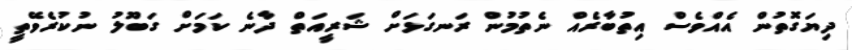
ދިޔަގޮތުން އެއްވެސް އިތުބާރެއް ނެތުމުން ރަނގަޅަށް ޝަރީއަތް ދާނެ ކަމަށް ގަބޫލު ނުކުރެވޭތީ